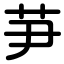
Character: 芛